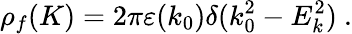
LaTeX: \rho_{f}(K)=2\pi\varepsilon(k_{0})\delta(k_{0}^{2}-E_{k}^{2})\ .